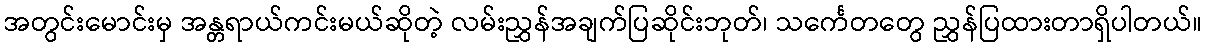
အတွင်းမောင်းမှ အန္တရာယ်ကင်းမယ်ဆိုတဲ့ လမ်းညွှန်အချက်ပြဆိုင်းဘုတ်၊ သင်္ကေတတွေ ညွှန်ပြထားတာရှိပါတယ်။